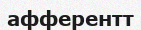
афферентт